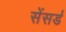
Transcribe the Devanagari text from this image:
सेंसर्ड